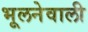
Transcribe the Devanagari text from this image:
भूलनेवाली